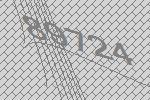
89724